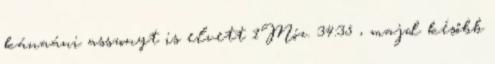
kánaáni asszonyt is elvett 1Móz. 34:35 , majd később